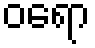
ဝရော